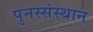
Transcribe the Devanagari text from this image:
पुनस्संस्थान